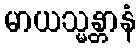
မာယသ္မန္တာနံ